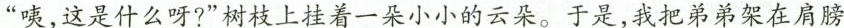
“咦，这是什么呀?”树枝上挂着一朵小小的云朵。于是，我把弟弟架在肩膀